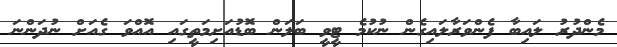
މެންދުރު ލައިބާ ފެންވަރާލައިގެން ނުކުމެ ޓީވީ ބަލަން ބޮޑުއަށިމަތީގައި އޮއްވަ ގެއަށް ނުދަންނަ